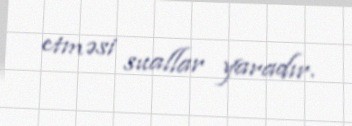
etməsi suallar yaradır.